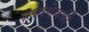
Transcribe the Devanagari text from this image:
प्रश्नाऐवजी